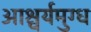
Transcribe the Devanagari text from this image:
आश्चर्यमुग्ध